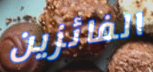
الفائزين